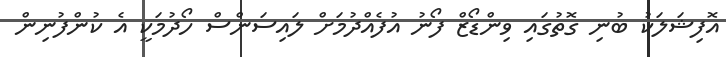
އޮފިޝަލަކު ބުނި ގޮތުގައި ވިންޑޯޒް ފޯނު އުފެއްދުމަށް ލައިސަންސް ހޯދުމަކީ އެ ކުންފުނިން